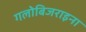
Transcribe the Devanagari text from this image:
गलोबिजराइना